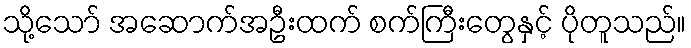
သို့သော် အဆောက်အဦးထက် စက်ကြီးတွေနှင့် ပိုတူသည်။